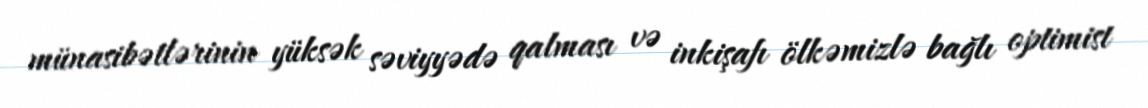
münasibətlərinin yüksək səviyyədə qalması və inkişafı ölkəmizlə bağlı optimist